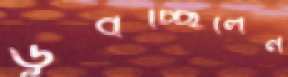
ডুবচ্ছিলেন